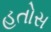
હતોસ